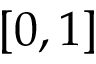
[ 0 , 1 ]